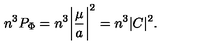
n ^ { 3 } P _ { \mathrm { \Phi } } = n ^ { 3 } \biggl \vert \frac { \mu } { a } \biggr \vert ^ { 2 } = n ^ { 3 } \vert C \vert ^ { 2 } .